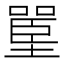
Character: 𰊪